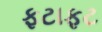
ફટાફટ